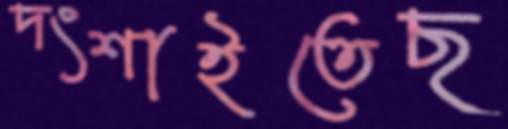
দংশাইতেছ